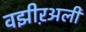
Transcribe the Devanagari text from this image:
वझीऱअली